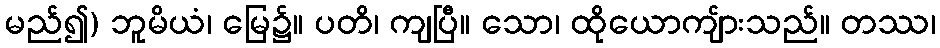
မည်၍) ဘူမိယံ၊ မြေ၌။ ပတိ၊ ကျပြီ။ သော၊ ထိုယောကျ်ားသည်။ တဿ၊